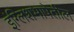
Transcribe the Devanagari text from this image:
इंग्लिशभाषेतील